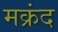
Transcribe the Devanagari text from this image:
मक्रंद